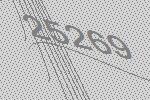
25269